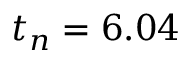
t _ { n } = 6 . 0 4